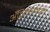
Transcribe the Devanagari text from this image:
अँटिल्समधून